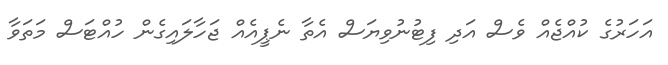
އަހަރުގެ ކުއްޖެއް ވެސް އަދި ފިޓުނުވިޔަސް އެތާ ނެޕީއެއް ޖަހާލައިގެން ހުއްޓަސް މަތަވާ